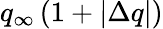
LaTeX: q_{\infty}\left(1+|\Delta q|\right)